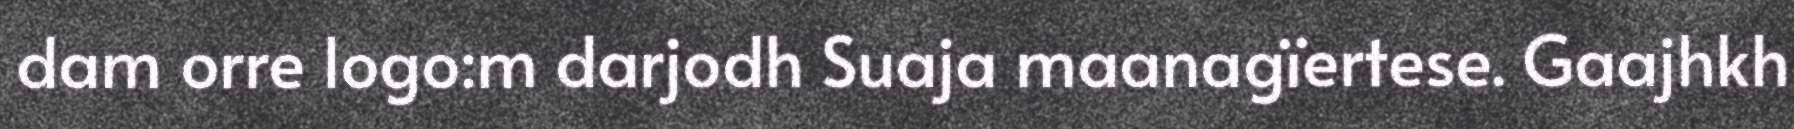
dam orre logo:m darjodh Suaja maanagïertese. Gaajhkh